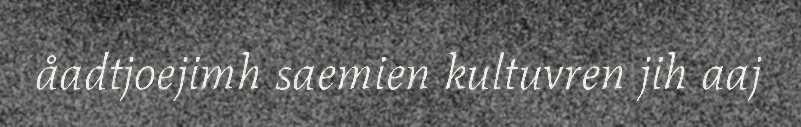
åadtjoejimh saemien kultuvren jih aaj